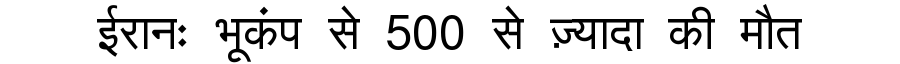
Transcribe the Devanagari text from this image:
ईरानः भूकंप से 500 से ज़्यादा की मौत